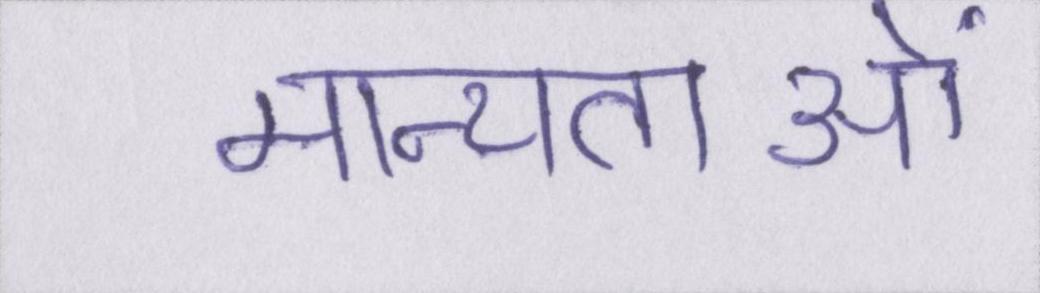
मान्यताओं